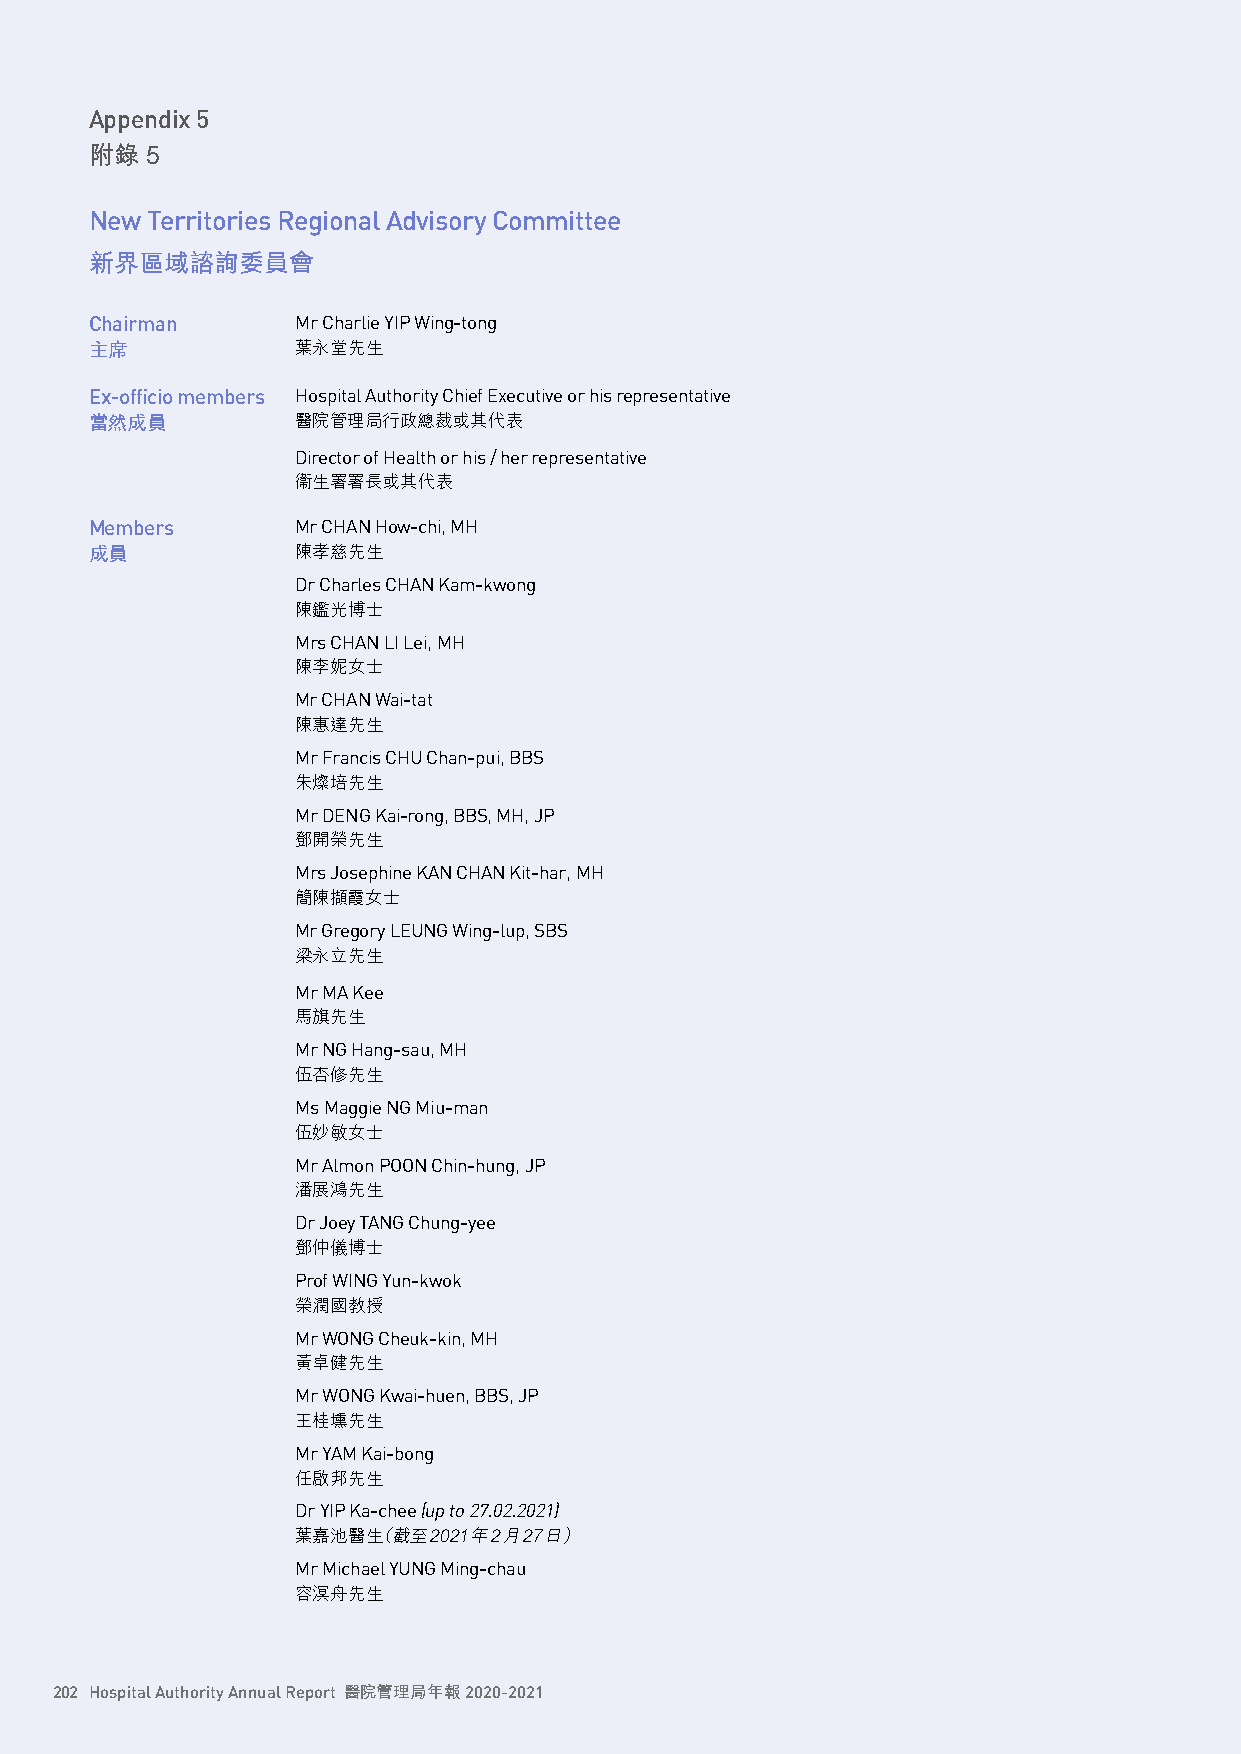
Appendix 5
 附錄  5
 New Territories Regional Advisory Committee
 新界區域諮詢委員會
 Chairman      Mr Charlie YIP Wing-tong
 主席            葉永堂先生
 Ex-officio members Hospital Authority Chief Executive or his representative
 當然成員          醫院管理局行政總裁或其代表
 Director of Health or his / her representative
 衞生署署長或其代表
 Members       Mr CHAN How-chi, MH
 成員            陳孝慈先生
 Dr Charles CHAN Kam-kwong
 陳鑑光博士
 Mrs CHAN LI Lei, MH
 陳李妮女士
 Mr CHAN Wai-tat
 陳惠達先生
 Mr Francis CHU Chan-pui, BBS
 朱燦培先生
 Mr DENG Kai-rong, BBS, MH, JP
 鄧開榮先生
 Mrs Josephine KAN CHAN Kit-har, MH
 簡陳擷霞女士
 Mr Gregory LEUNG Wing-lup, SBS
 梁永立先生
 Mr MA Kee
 馬旗先生
 Mr NG Hang-sau, MH
 伍杏修先生
 Ms Maggie NG Miu-man
 伍妙敏女士
 Mr Almon POON Chin-hung, JP
 潘展鴻先生
 Dr Joey TANG Chung-yee
 鄧仲儀博士
 Prof WING Yun-kwok
 榮潤國教授
 Mr WONG Cheuk-kin, MH
 黃卓健先生
 Mr WONG Kwai-huen, BBS, JP
 王桂壎先生
 Mr YAM Kai-bong
 任啟邦先生
 Dr YIP Ka-chee (up to 27.02.2021)
 葉嘉池醫生（截至2021年2月27日）
 Mr Michael YUNG Ming-chau
 容溟舟先生
 202 Hospital Authority Annual Report 醫院管理局年報 2020-2021